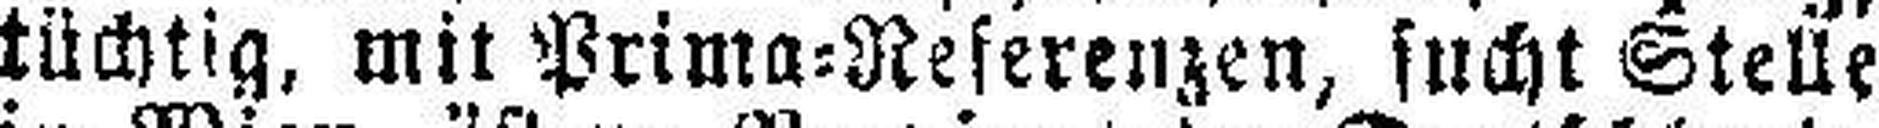
tüchtig, mit Prima=Referenzen, sucht Stelle